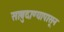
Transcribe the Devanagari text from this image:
साबुदाण्यापासून